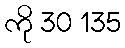
ကို 30 135